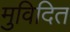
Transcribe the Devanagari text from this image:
मुविदित